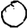
Digit: 0